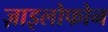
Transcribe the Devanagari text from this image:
ज़ाइलोफोन